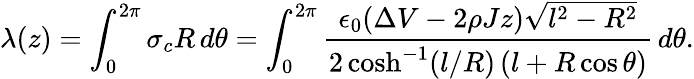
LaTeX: \lambda(z)=\int_{0}^{2\pi}\sigma_{c}R\, d\theta=\int_{0}^{2\pi}\frac{\epsilon_{0}(\Delta V-2\rho Jz)\sqrt{l^{2}-R^{2}}}{2\cosh^{-1}(l/R)\, (l+R\cos\theta)}\, d\theta.